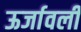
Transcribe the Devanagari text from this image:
ऊर्जावली